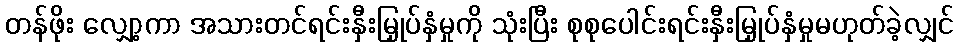
တန်ဖိုး လျှော့ကာ အသားတင်ရင်းနှီးမြှုပ်နှံမှုကို သုံးပြီး စုစုပေါင်းရင်းနှီးမြှုပ်နှံမှုမဟုတ်ခဲ့လျှင်